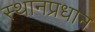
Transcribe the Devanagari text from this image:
स्थानप्रधान